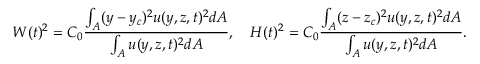
W ( t ) ^ { 2 } = C _ { 0 } \frac { \int _ { A } ( y - y _ { c } ) ^ { 2 } u ( y , z , t ) ^ { 2 } d A } { \int _ { A } u ( y , z , t ) ^ { 2 } d A } , ~ ~ ~ H ( t ) ^ { 2 } = C _ { 0 } \frac { \int _ { A } ( z - z _ { c } ) ^ { 2 } u ( y , z , t ) ^ { 2 } d A } { \int _ { A } u ( y , z , t ) ^ { 2 } d A } .